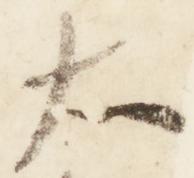
大